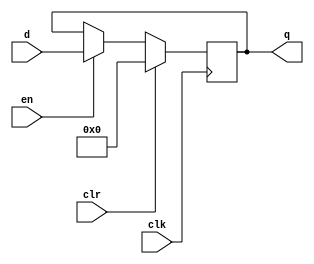
module gen_regs #(parameter qInitial = 0)(output reg [31:0] q, input [31:0] d, input en, clr, clk);

	initial q = qInitial;
	always @(posedge clk)
	begin
		if(clr)
			q = 0;
		else if (en)
			q = d;
	end
	
endmodule

module pc_reg(output reg [31:0] pc_out, input [31:0] pc_in, input pc_inc, enable, clk);
	
	initial pc_out = 0;
	always @(posedge clk)
	begin
		if(enable && pc_inc)
			pc_out <= pc_in + 1;
		else if (enable)
			pc_out <= pc_in;
	end
				
endmodule

module mar_reg(output [8:0] q, input wire [31:0] d, input wire en, clr, clk);
	
	wire [31:0] mar_data;
	gen_regs mar_internal(mar_data, d, en, clr, clk);
	assign q = mar_data[8:0];
	
endmodule